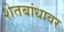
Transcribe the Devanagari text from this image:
शेतबांधावर